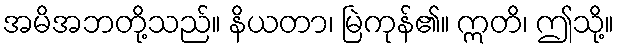
အမိအဘတို့သည်။ နိယတာ၊ မြဲကုန်၏။ ဣတိ၊ ဤသို့။